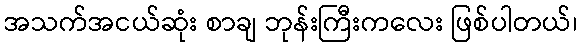
အသက်အငယ်ဆုံး စာချ ဘုန်းကြီးကလေး ဖြစ်ပါတယ်၊